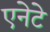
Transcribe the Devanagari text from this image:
एनेटे